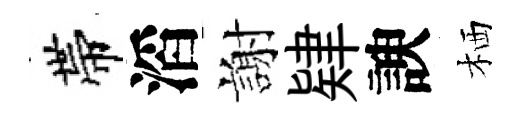
帶滔謝肄諛栖